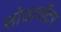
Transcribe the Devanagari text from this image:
सोडावॉटर